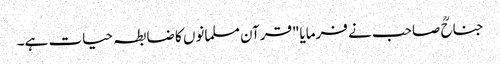
جناحؒ صاحب نے فرمایا"قرآن مسلمانوں کا ضابطہ حیات ہے۔